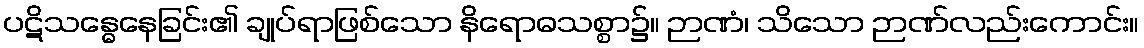
ပဋိသန္ဓေနေခြင်း၏ ချုပ်ရာဖြစ်သော နိရောဓသစ္စာ၌။ ဉာဏံ၊ သိသော ဉာဏ်လည်းကောင်း။